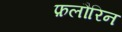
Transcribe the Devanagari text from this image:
फ़लौरिन